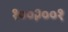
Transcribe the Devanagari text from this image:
१००२००१